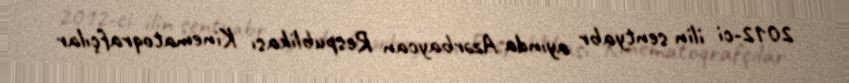
2012-ci ilin sentyabr ayında Azərbaycan Respublikası Kinematoqrafçılar